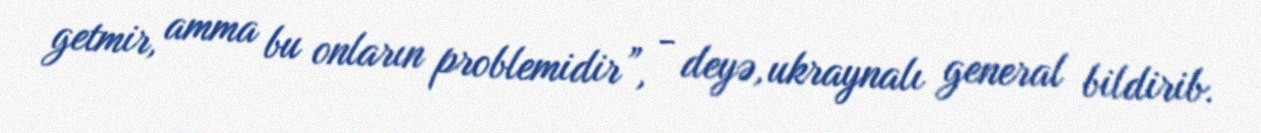
getmir, amma bu onların problemidir”, - deyə, ukraynalı general bildirib.